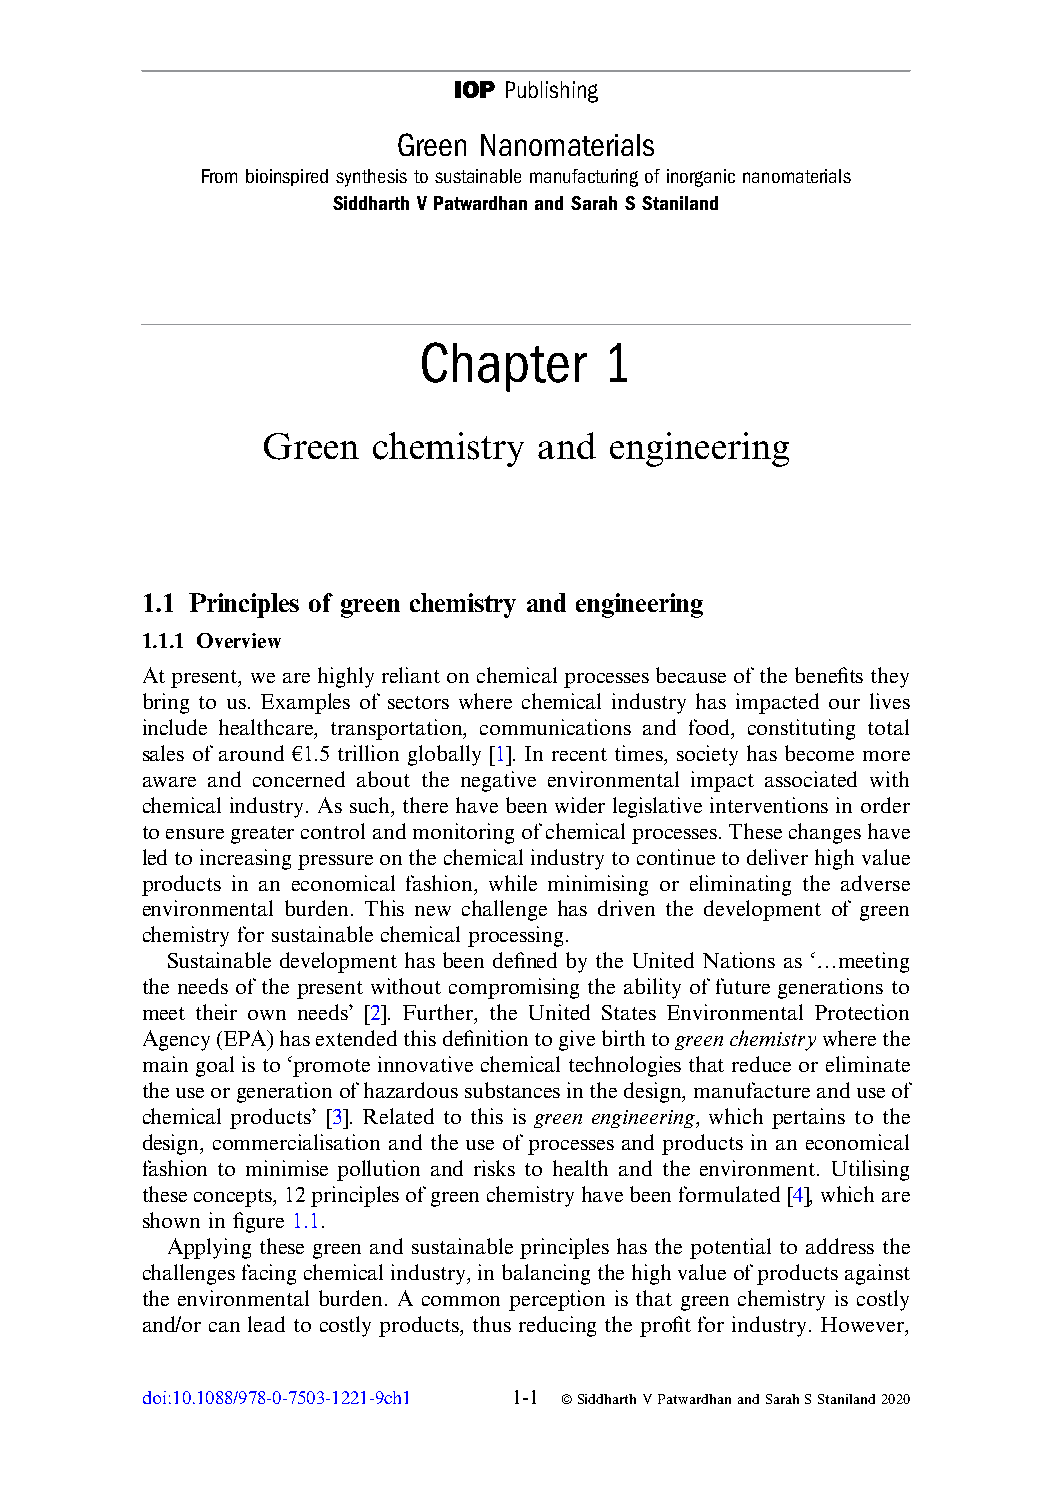
IOP Publishing
 Green Nanomaterials
 From bioinspired synthesis to sustainable manufacturing of inorganic nanomaterials
 Siddharth V Patwardhan and Sarah S Staniland
 Chapter     1
 Green   chemistry  and engineering
 1.1 Principles of green chemistry and engineering
 1.1.1 Overview
 At present, we are highly reliant on chemical processes because of the benefits they
 bring to us. Examples of sectors where chemical industry has impacted our lives
 include healthcare, transportation, communications and food, constituting total
 sales of around €1.5 trillion globally [1]. In recent times, society has become more
 aware and concerned about the negative environmental impact associated with
 chemical industry. As such, there have been wider legislative interventions in order
 toensuregreatercontrolandmonitoringofchemicalprocesses.Thesechangeshave
 ledtoincreasingpressureonthechemicalindustrytocontinuetodeliverhighvalue
 products in an economical fashion, while minimising or eliminating the adverse
 environmental burden. This new challenge has driven the development of green
 chemistry for sustainable chemical processing.
 Sustainable development has been defined by the United Nations as ‘…meeting
 the needs of the present without compromising the ability of future generations to
 meet their own needs’ [2]. Further, the United States Environmental Protection
 Agency(EPA)hasextendedthisdefinitiontogivebirthtogreenchemistrywherethe
 main goal is to ‘promote innovative chemical technologies that reduce or eliminate
 theuseorgenerationofhazardoussubstancesinthedesign,manufactureanduseof
 chemical products’ [3]. Related to this is green engineering, which pertains to the
 design, commercialisation and the use of processes and products in an economical
 fashion to minimise pollution and risks to health and the environment. Utilising
 theseconcepts,12principlesofgreenchemistryhavebeenformulated[4],whichare
 shown in figure 1.1.
 Applying these green and sustainable principles has the potential to address the
 challengesfacingchemicalindustry,inbalancingthehighvalueofproductsagainst
 the environmental burden. A common perception is that green chemistry is costly
 and/or can lead to costly products, thus reducing the profit for industry. However,
 doi:10.1088/978-0-7503-1221-9ch1 1-1 ªSiddharthVPatwardhanandSarahSStaniland2020